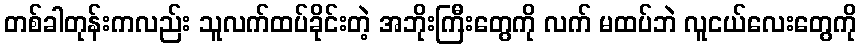
တစ်ခါတုန်းကလည်း သူလက်ထပ်ခိုင်းတဲ့ အဘိုးကြီးတွေကို လက် မထပ်ဘဲ လူငယ်လေးတွေကို